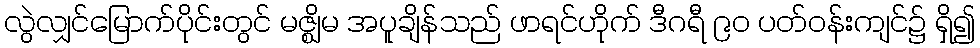
လွဲလျှင်မြောက်ပိုင်းတွင် မဇ္ဈိမ အပူချိန်သည် ဖာရင်ဟိုက် ဒီဂရီ ၉၀ ပတ်ဝန်းကျင်၌ ရှိ၍